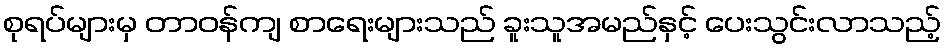
စုရပ်များမှ တာဝန်ကျ စာရေးများသည် ခူးသူအမည်နှင့် ပေးသွင်းလာသည့်